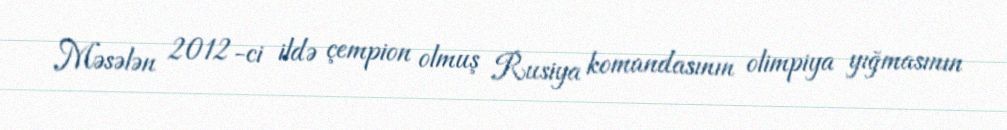
Məsələn 2012-ci ildə çempion olmuş Rusiya komandasının olimpiya yığmasının